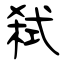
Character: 弑